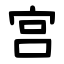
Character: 宫